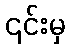
၎င်းမှ